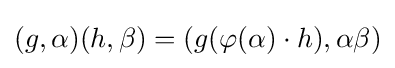
(g,\alpha )(h,\beta )=(g(\varphi (\alpha )\cdot h),\alpha \beta )